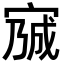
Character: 𡩍